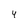
Character: 4